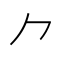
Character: ⺈